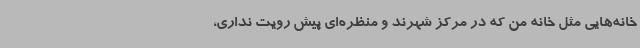
خانه‌هایی مثل خانه من که در مرکز شهرند و منظره‌ای پیش رویت نداری،